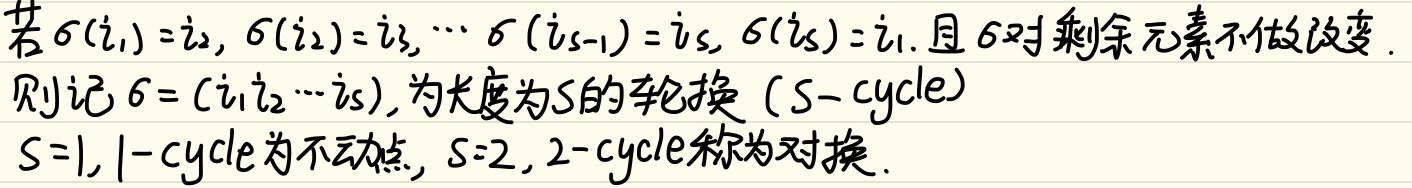
若\(\sigma(i_1)=i_2\)，\(\sigma(i_2)=i_3\)，\(\cdots\)，\(\sigma(i_{s - 1})=i_s\)，\(\sigma(i_s)=i_1\)，且\(\sigma\)对剩余元素不做改变，则记\(\sigma=(i_1i_2\cdots i_s)\)，为长度为\(s\)的轮换（\(s-\text{cycle}\)）。当\(s = 1\)时，\(1-\text{cycle}\)为不动点；当\(s = 2\)时，\(2-\text{cycle}\)称为对换。